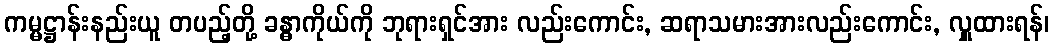
ကမ္မဋ္ဌာန်းနည်းယူ တပည့်တို့ ခန္ဓာကိုယ်ကို ဘုရားရှင်အား လည်းကောင်း, ဆရာသမားအားလည်းကောင်း, လှူထားရန်၊